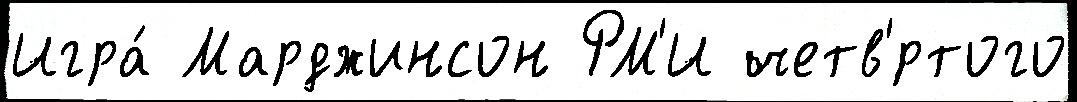
Игра́ Марджинсон РМ'И четв'́ртого